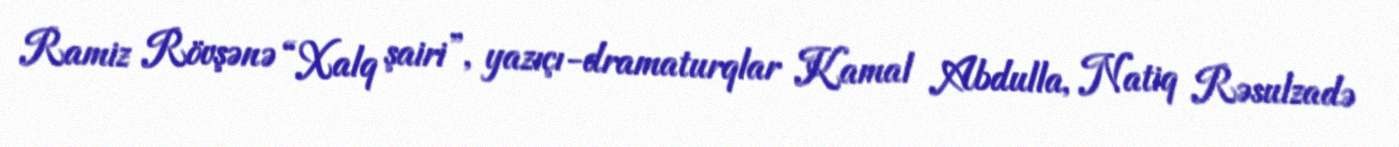
Ramiz Rövşənə “Xalq şairi”, yazıçı-dramaturqlar Kamal Abdulla, Natiq Rəsulzadə